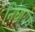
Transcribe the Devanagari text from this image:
निघायंच